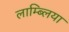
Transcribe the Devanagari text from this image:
लाम्ब्लिया